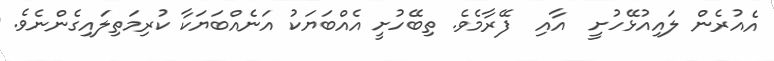
އެއުރެން ލައިއުޅޭހުށީ  އާއި  ފޭރާމެވެ. ތިބޭހުށީ އެއްބަޔަކު އަނެއްބަޔަކާ ކުރިމަތިލައިގެންނެވެ.